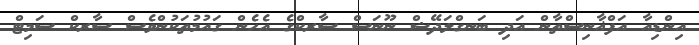
އިންޑިއާ އަފްޣާނިސްތާން އަދި ބަނގްލަދޭޝް ނޫނަސް ސާރކްގެ އެހެން ގައުމުތަކުންވެސް ސާރކް ސަމިޓް